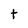
Character: t